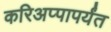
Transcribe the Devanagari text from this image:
करिअप्पापर्यंत